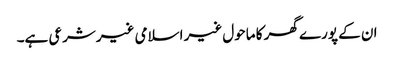
ان کے پورے گھر کا ماحول غیر اسلامی غیرشرعی ہے۔